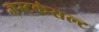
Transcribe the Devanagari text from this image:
जस्टकंसल्ट